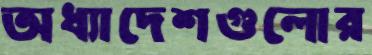
অধ্যাদেশগুলোর